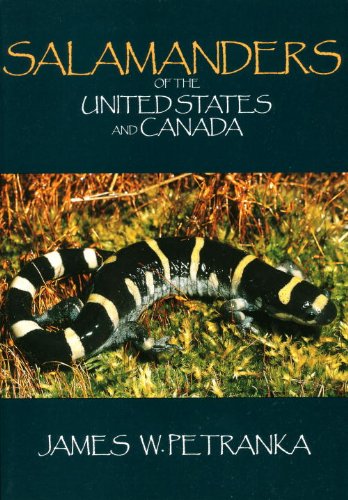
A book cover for Salamanders of the United States and Canada; James Petranka; Sports & Outdoors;